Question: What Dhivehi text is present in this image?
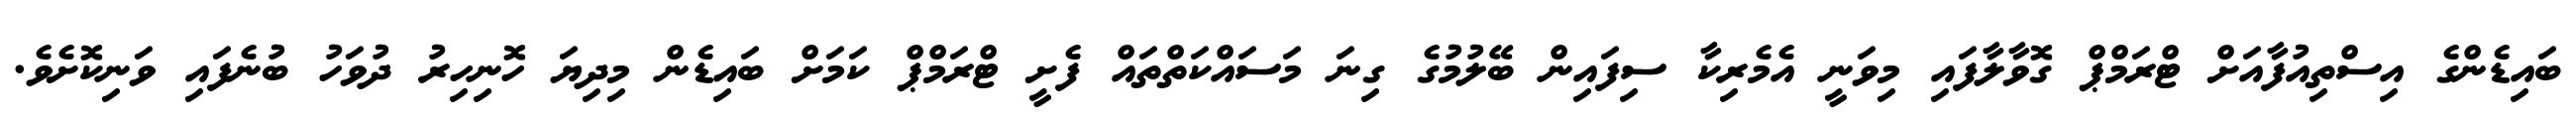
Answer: ބައިޑެންގެ އިސްތިއުފާއަށް ޓްރަމްޕް ގޮވާލާފައި މިވަނީ އެމެރިކާ ސިފައިން ބޭލުމުގެ ގިނަ މަސައްކަތްތައް ފެށީ ޓްރަމްޕް ކަމަށް ބައިޑެން މިދިޔަ ހޮނިހިރު ދުވަހު ބުނެފައި ވަނިކޮށެވެ.